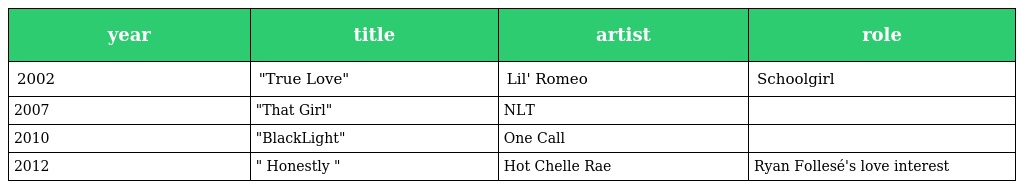
| year | title | artist | role |
 | --- | --- | --- | --- |
 | 2002 | "True Love" | Lil' Romeo | Schoolgirl |
 | 2007 | "That Girl" | NLT |  |
 | 2010 | "BlackLight" | One Call |  |
 | 2012 | " Honestly " | Hot Chelle Rae | Ryan Follesé's love interest |